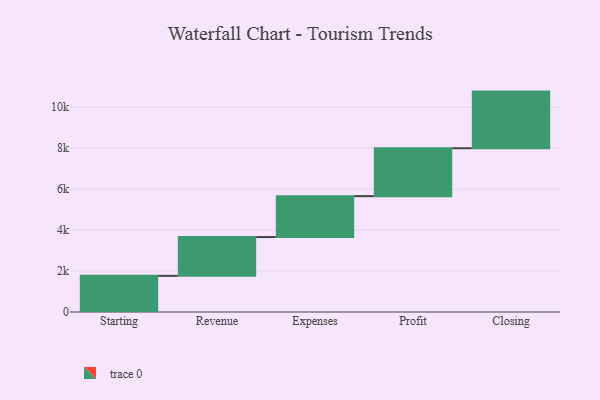
{"axis": {"x": "Step", "y": "Value"}, "legend": [""], "data": [{"x": "Starting", "y": 1766.0, "type": ""}, {"x": "Revenue", "y": 1895.0, "type": ""}, {"x": "Expenses", "y": 1998.0, "type": ""}, {"x": "Profit", "y": 2341.0, "type": ""}, {"x": "Closing", "y": 2766.0, "type": ""}]}